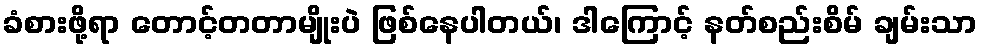
ခံစားဖို့ရာ တောင့်တတာမျိုးပဲ ဖြစ်နေပါတယ်၊ ဒါကြောင့် နတ်စည်းစိမ် ချမ်းသာ